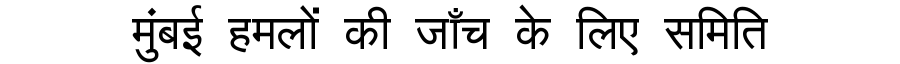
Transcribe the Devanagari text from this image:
मुंबई हमलों की जाँच के लिए समिति